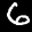
Label: 6